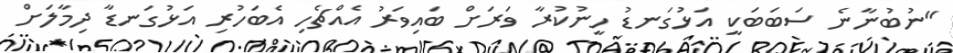
"ނުބުނާނެ ސަބަބަކީ އަޅުގަނޑު ހީނުކުރާ ވަރަށް ބައިވަރު އެއްޗެހި އެބަހުރި އަޅުގަނޑާ ދިމާލަށް